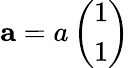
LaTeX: {\mathbf a}=a\left(\begin{array}{l}{1}\\ {1}\end{array}\right)